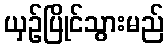
ယှဉ်ပြိုင်သွားမည်